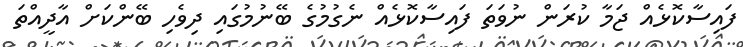
ފައިސާކޮޅެއް ޖަމާ ކުރަން ނުވަތަ ފައިސާކޮޅެއް ނެގުމުގެ ބޭނުމުގައި ދިވެހި ބޭންކަށް އާދީއްތަ